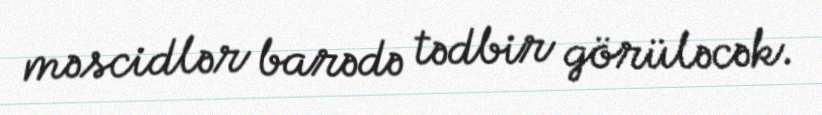
məscidlər barədə tədbir görüləcək.